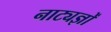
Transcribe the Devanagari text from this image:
नाट्यज्ञों